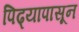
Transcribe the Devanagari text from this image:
पिढ्यापासून